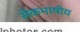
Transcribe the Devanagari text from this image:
सेेकभाषीय